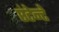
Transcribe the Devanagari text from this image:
एंटेन्टे